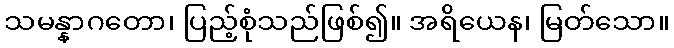
သမန္နာဂတော၊ ပြည့်စုံသည်ဖြစ်၍။ အရိယေန၊ မြတ်သော။